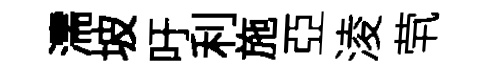
濡坡吁利施亞淩茕